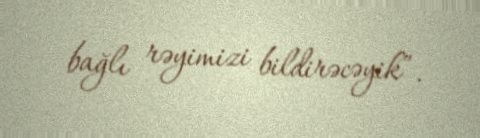
bağlı rəyimizi bildirəcəyik”.